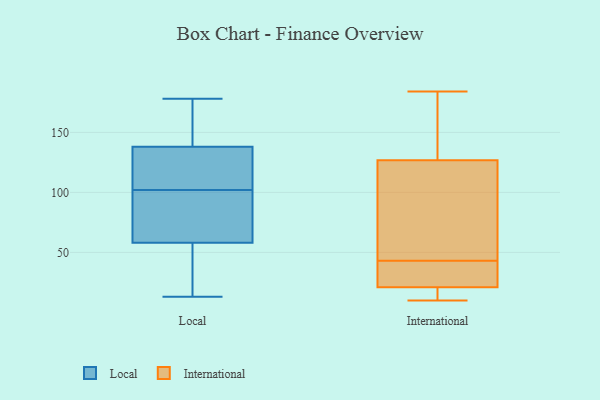
{"axis": {"x": "Tickets Resolved", "y": "Value"}, "legend": ["International", "Local"], "data": [{"x": "", "y": 145, "type": "Local"}, {"x": "", "y": 58, "type": "Local"}, {"x": "", "y": 117, "type": "Local"}, {"x": "", "y": 102, "type": "Local"}, {"x": "", "y": 58, "type": "Local"}, {"x": "", "y": 56, "type": "Local"}, {"x": "", "y": 174, "type": "Local"}, {"x": "", "y": 42, "type": "Local"}, {"x": "", "y": 13, "type": "Local"}, {"x": "", "y": 110, "type": "Local"}, {"x": "", "y": 86, "type": "Local"}, {"x": "", "y": 154, "type": "Local"}, {"x": "", "y": 178, "type": "Local"}, {"x": "", "y": 69, "type": "Local"}, {"x": "", "y": 103, "type": "Local"}, {"x": "", "y": 120, "type": "International"}, {"x": "", "y": 10, "type": "International"}, {"x": "", "y": 21, "type": "International"}, {"x": "", "y": 43, "type": "International"}, {"x": "", "y": 31, "type": "International"}, {"x": "", "y": 15, "type": "International"}, {"x": "", "y": 184, "type": "International"}, {"x": "", "y": 19, "type": "International"}, {"x": "", "y": 170, "type": "International"}, {"x": "", "y": 132, "type": "International"}, {"x": "", "y": 64, "type": "International"}, {"x": "", "y": 23, "type": "International"}, {"x": "", "y": 129, "type": "International"}, {"x": "", "y": 95, "type": "International"}, {"x": "", "y": 21, "type": "International"}]}